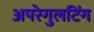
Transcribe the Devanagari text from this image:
अपरेगुलटिंग